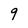
Character: 9